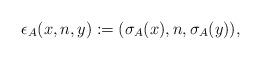
LaTeX: \begin{align*} \epsilon_A(x,n,y) := (\sigma_A(x), n, \sigma_A(y)),\end{align*}